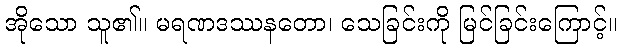
အိုသော သူ၏။ မရဏဒဿနတော၊ သေခြင်းကို မြင်ခြင်းကြောင့်။